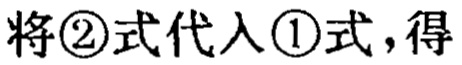
将\textcircled{2}式代入\textcircled{1}式，得